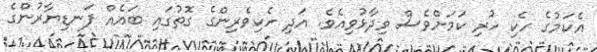
އެކަމުގެ ހެކި ހުރި ކަމަށްވެސް ވިދާޅުވިއެވެ. އަދި ހެކިވެރިންގެ ގޮތުގައި ބައެއް ފަނޑިޔާރުންގެ